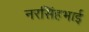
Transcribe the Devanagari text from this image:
नरसिंहभाई